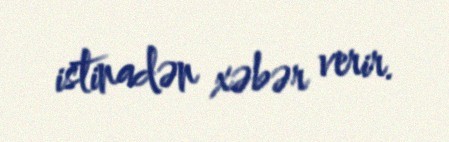
istinadən xəbər verir.